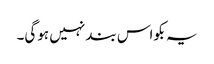
یہ بکواس بند نہیں ہوگی۔